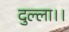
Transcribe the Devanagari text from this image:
दुल्ला।।